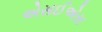
એસઈએસ